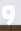
و